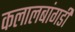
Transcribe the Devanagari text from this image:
कलालबांगडी